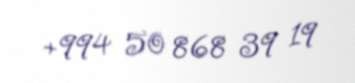
+994 50 868 39 19